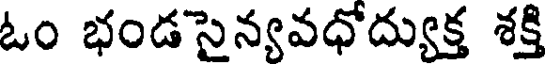
ఓం భండసైన్యవధోద్యుక్త శక్తి